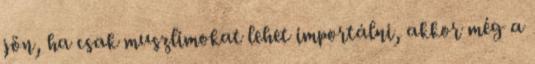
jön, ha csak muszlimokat lehet importálni, akkor még a